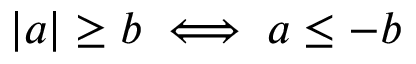
| a | \geq b \iff a \leq - b